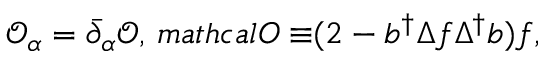
\mathcal { O } _ { \alpha } = \bar { \partial } _ { \alpha } \mathcal { O } , \, m a t h c a l { O \equiv } ( 2 - b ^ { \dag } \Delta f \Delta ^ { \dag } b ) f ,